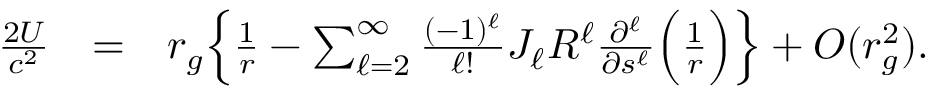
\begin{array} { r l r } { \frac { 2 U } { c ^ { 2 } } } & { = } & { r _ { g } \Big \{ \frac { 1 } { r } - \sum _ { \ell = 2 } ^ { \infty } \frac { ( - 1 ) ^ { \ell } } { \ell ! } J _ { \ell } R ^ { \ell } \frac { \partial ^ { \ell } } { \partial s ^ { \ell } } \Big ( \frac { 1 } { r } \Big ) \Big \} + { \cal O } ( r _ { g } ^ { 2 } ) . } \end{array}